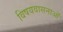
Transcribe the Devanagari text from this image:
विषयवासनाओं